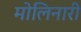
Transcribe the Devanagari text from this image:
मोलिनारी